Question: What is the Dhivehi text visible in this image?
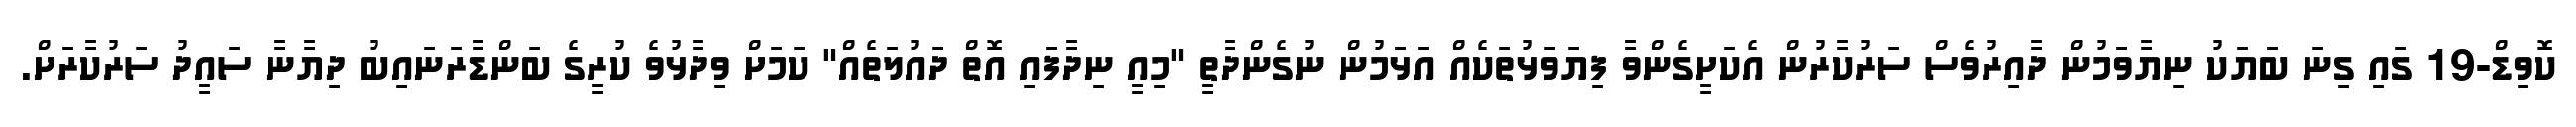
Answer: ކޮވިޑް-19 ގައި ގިނަ ބަޔަކު ނިޔާވަމުން ދާއިރުވެސް ސަރުކާރުން އެކަށީގެންވާ ފިޔަވަޅުތަކެއް އަޅަމުން ނުގެންދާތީ "މިއީ ނިދާފައި އޮތް ދައުލަތެއް" ކަމަށް ވިދާޅުވެ ކުރީގެ ބަންޑާރަނައިބު ދިޔާނާ ސައީދު ސަރުކާރަށް.